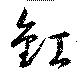
釭